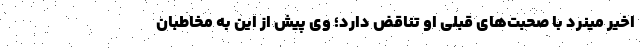
اخیر مینرد با صحبت‌های قبلی او تناقض دارد؛ وی پیش از این به مخاطبان